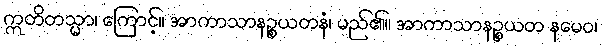
ဣတိတသ္မာ၊ ကြောင့်။ အာကာသာနဉ္စယတနံ၊ မည်၏။ အာကာသာနဉ္စယတ နမေဝ၊